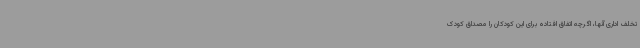
تخلف اداری آنها، اگرچه اتفاق افتاده برای این کودکان را مصداق کودک